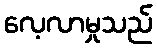
လေ့လာမှုသည်